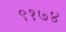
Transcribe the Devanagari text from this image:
९१७४